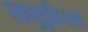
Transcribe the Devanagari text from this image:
एक्ष्त्र्जुदुकिअल